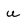
Character: u